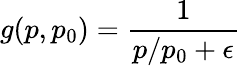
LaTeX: g(p,p_{0})=\frac{1}{p/p_{0}+\epsilon}